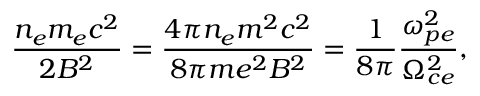
\frac { n _ { e } m _ { e } c ^ { 2 } } { 2 B ^ { 2 } } = \frac { 4 \pi n _ { e } m ^ { 2 } c ^ { 2 } } { 8 \pi m e ^ { 2 } B ^ { 2 } } = \frac { 1 } { 8 \pi } \frac { \omega _ { p e } ^ { 2 } } { \Omega _ { c e } ^ { 2 } } ,